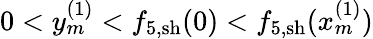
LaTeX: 0<y_{m}^{(1)}<{f}_{5,\mathrm{sh}}(0)<f_{5,\mathrm{sh}}(x_{m}^{(1)})